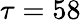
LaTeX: \tau=58